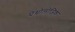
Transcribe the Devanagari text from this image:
पेथोलोजिक